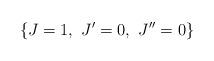
LaTeX: \begin{align*}\left\{ J=1,\ J'=0,\ J''=0 \right\} \end{align*}